Lunatic asylums Central Provinces reports 1886-1894 - 1886-1894
Year: 1886
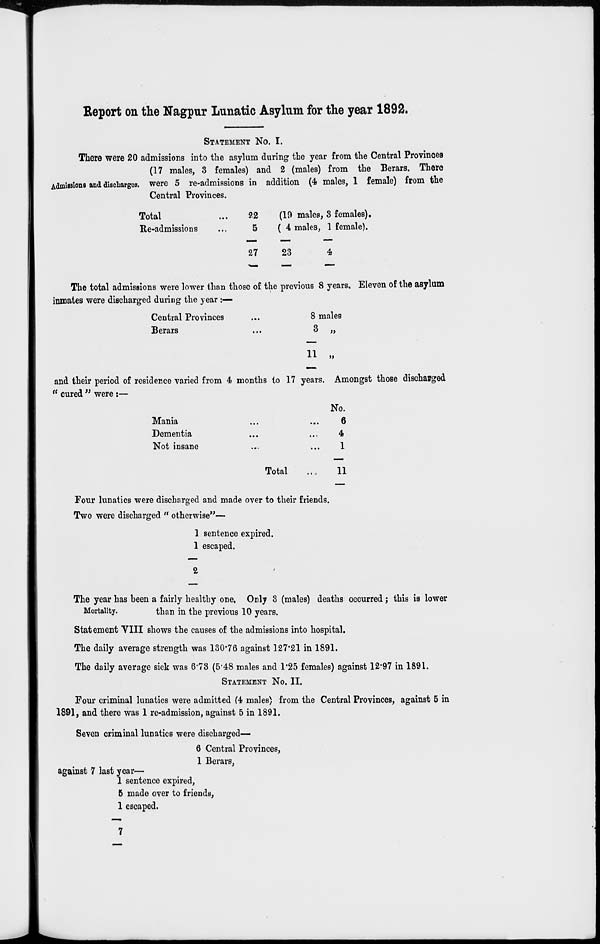
Report on the Nagpur Lunatic Asylum for the year 1892.
STATEMENT NO. I.
Admissions and discharges.
There were 20 admissions into the asylum during the year from the Central Provinces
(17 males, 3 females) and 2 (males) from the Berars. There
were 5 re-admissions in addition (4 males, 1 female) from the
Central Provinces.
Total ...
Re-admissions ...
22
5
27
(19 males, 3 females).
( 4 males, 1 female).
23
4
The total admissions were lower than those of the previous 8 years. Eleven of the asylum
inmates were discharged during the year:—
Central Provinces ...
Berars ...
8 males
3 „
11 „
and their period of residence varied from 4 months to 17 years. Amongst those discharged
"cured" were :—
Mania ...
Dementia ...
Not insane ...
Total ...
No.
6
4
1
11
Four lunatics were discharged and made over to their friends.
Two were discharged "otherwise"—
1
1
2
sentence expired.
escaped.
The year has been a fairly healthy one. Only 3 (males) deaths occurred; this is lower
Mortality.
than in the previous 10 years.
Statement VIII shows the causes of the admissions into hospital.
The daily average strength was 130.76 against 127.21 in 1891.
The daily average sick was 6.73 (5.48 males and 1.25 females) against 12.97 in 1891.
STATEMENT NO. II.
Four criminal lunatics were admitted (4 males) from the Central Provinces, against 5 in
1891, and there was 1 re-admission, against 5 in 1891.
Seven criminal lunatics were discharged—
6 Central Provinces,
1 Berars,
against 7 last year—
1
5
1
7
sentence expired,
made over to friends,
escaped.